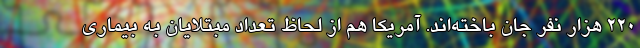
220 هزار نفر جان باخته‌اند. آمریکا هم از لحاظ تعداد مبتلایان به بیماری